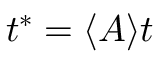
t ^ { * } = \langle A \rangle t